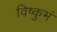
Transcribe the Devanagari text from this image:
विष्कुभं